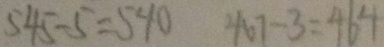
5 4 5 - 5 = 5 4 0 4 6 7 - 3 = 4 6 4